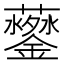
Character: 𲇩